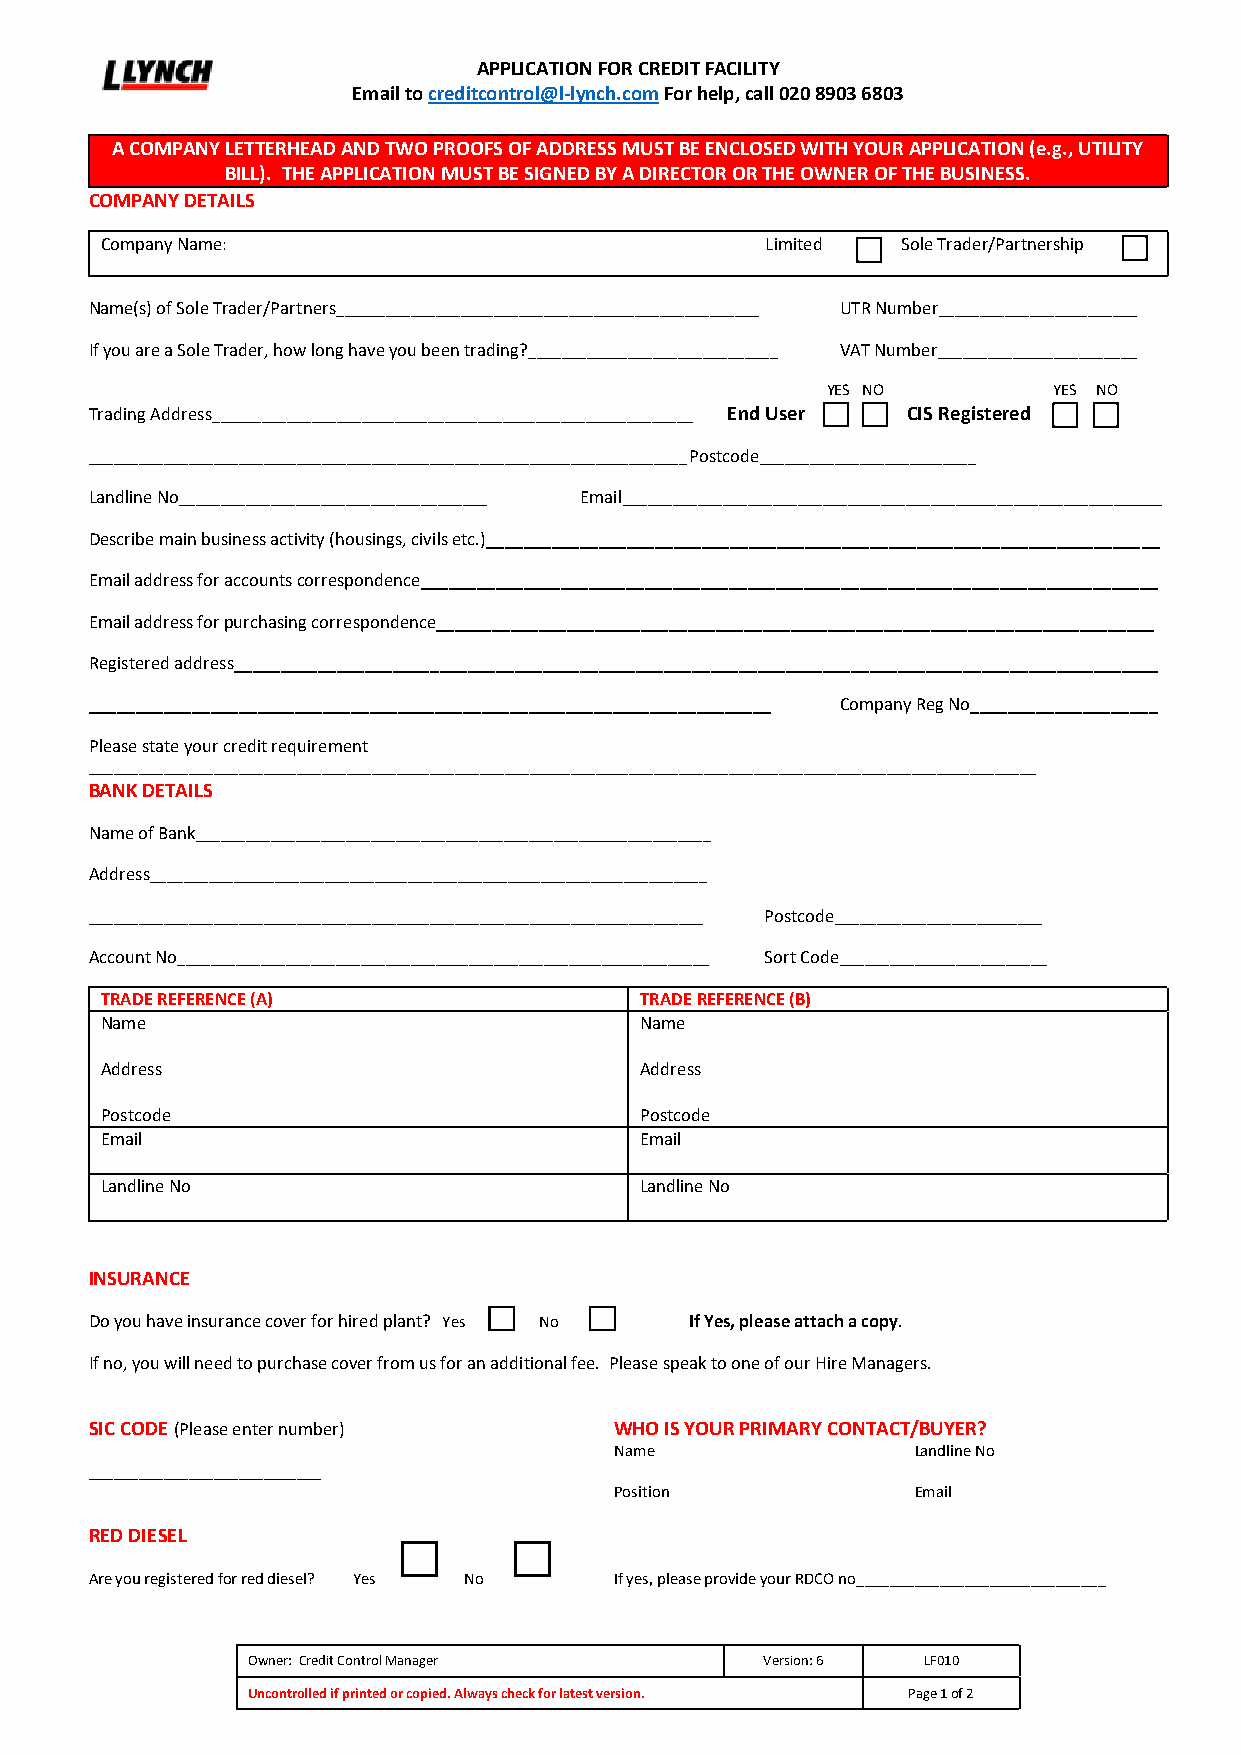
APPLICATION FOR CREDIT FACILITY
 Email to creditcontrol@l-lynch.com For help, call 020 8903 6803
 A COMPANY LETTERHEAD AND TWO PROOFS OF ADDRESS MUST BE ENCLOSED WITH YOUR APPLICATION (e.g., UTILITY
 BILL). THE APPLICATION MUST BE SIGNED BY A DIRECTOR OR THE OWNER OF THE BUSINESS.
 COMPANY DETAILS
 Company Name:                               Limited  S o le Trader/Partnership
 Name(s) of Sole Trader/Partners___________________________________________________ UTR Number________________________
 If you are a Sole Trader, how long have you been trading?______________________________ VAT Number________________________
 YES NO         YES NO
 Trading Address__________________________________________________________ End User CIS Registered
 ________________________________________________________________________ Postcode__________________________
 Landline No_____________________________________ Email_________________________________________________________________
 Describe main business activity (housings, civils etc.)________________________________________________________________________
 Email address for accounts correspondence_______________________________________________________________________________
 Email address for purchasing correspondence_____________________________________________________________________________
 Registered address___________________________________________________________________________________________________
 _________________________________________________________________________ Company Reg No____________________
 Please state your credit requirement
 __________________________________________________________________________________________________________________
 BANK DETAILS
 Name of Bank______________________________________________________________
 Address___________________________________________________________________
 __________________________________________________________________________ Postcode_________________________
 Account No________________________________________________________________ Sort Code_________________________
 TRADE REFERENCE (A)                TRADE REFERENCE (B)
 Name                               Name
 Address                            Address
 Postcode                           Postcode
 Email                              Email
 Landline No                        Landline No
 INSURANCE
 Do you have insurance cover for hired plant? Yes No If Yes, please attach a copy.
 If no, you will need to purchase cover from us for an additional fee. Please speak to one of our Hire Managers.
 SIC CODE (Please enter number)     WHO IS YOUR PRIMARY CONTACT/BUYER?
 Name                Landline No
 ____________________________
 Position            Email
 RED DIESEL
 Are you registered for red diesel? Yes No If yes, please provide your RDCO no______________________________
 Owner: Credit Control Manager      Version: 6 LF010
 Uncontrolled if printed or copied. Always check for latest version. Page 1 of 2